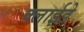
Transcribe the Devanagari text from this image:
क्लाईडे